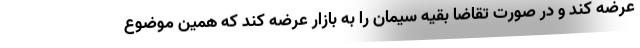
عرضه کند و در صورت تقاضا بقیه سیمان را به بازار عرضه کند که همین موضوع